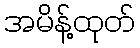
အမိန့်ထုတ်